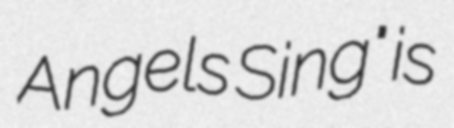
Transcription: Angels Sing" is